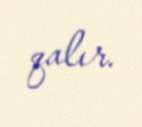
qalır.